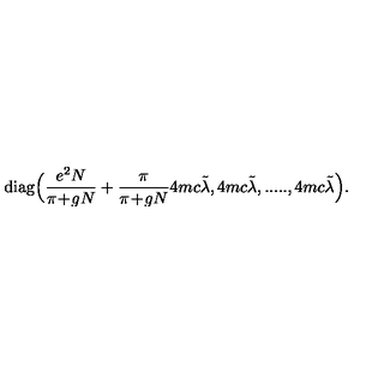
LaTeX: \mathrm { d i a g } \Big ( \frac { e ^ { 2 } N } { \pi \! + \! g N } + \frac { \pi } { \pi \! + \! g N } 4 m c \tilde { \lambda } , 4 m c \tilde { \lambda } , . . . . . , 4 m c \tilde { \lambda } \Big ) .